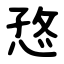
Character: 㤵